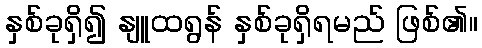
နှစ်ခုရှိ၍ နျူထရွန် နှစ်ခုရှိရမည် ဖြစ်၏။